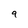
Character: 9